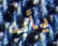
يأبه